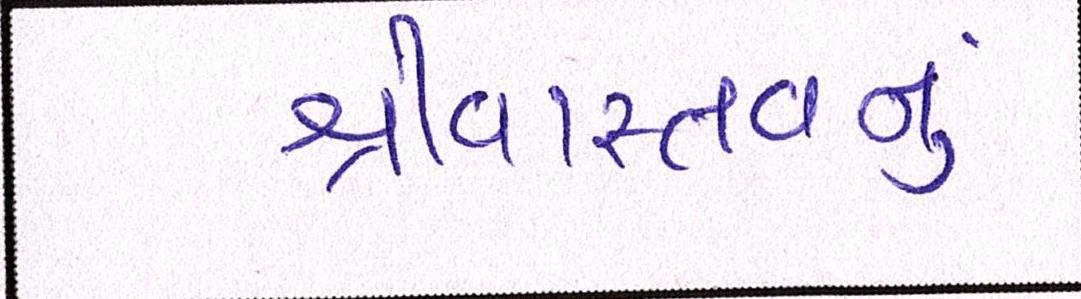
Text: શ્રીવાસ્તવનું